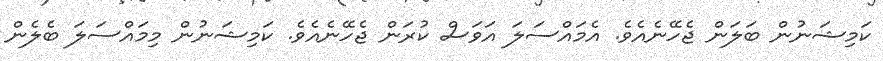
ކަމިޝަނުން ބަލަން ޖެހޭނެއެވެ. އެމައްސަލަ އަވަސް ކުރަން ޖެހޭނެއެވެ. ކަމިޝަނުން މިމައްސަލަ ބެލެން